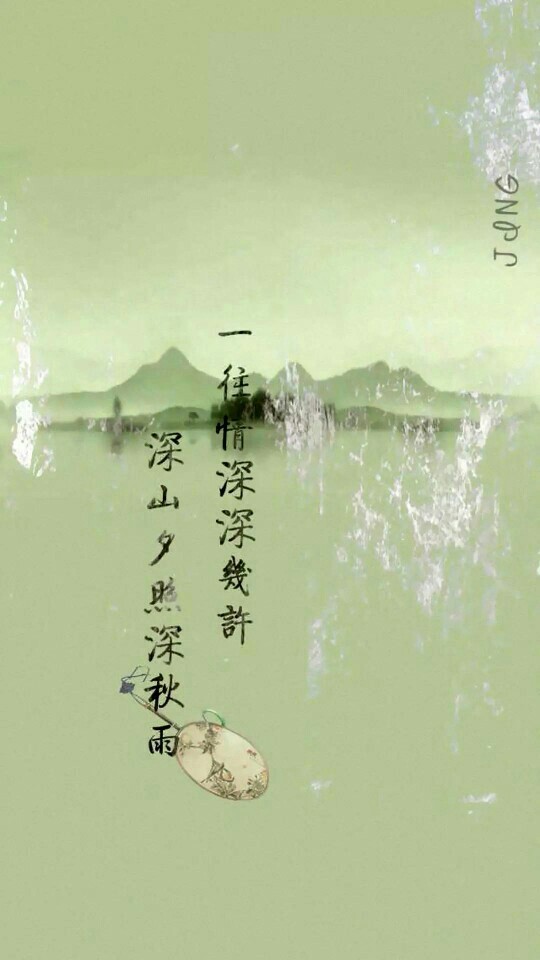
一往情深深几许？深山夕照深秋雨。